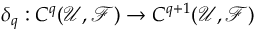
\delta _ { q } : C ^ { q } ( { \mathcal { U } } , { \mathcal { F } } ) \to C ^ { q + 1 } ( { \mathcal { U } } , { \mathcal { F } } )